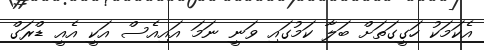
އެކަމަކު ހަގީގަތަށް ބަލާ ކަމުގައި ވަނީ ނަމަ އައިއެސް އަކީ އެއީ ޑްރަގް